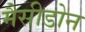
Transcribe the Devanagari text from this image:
मैसीडोन